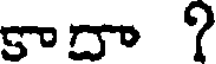
కాదా ?